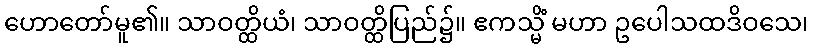
ဟောတော်မူ၏။ သာဝတ္ထိယံ၊ သာဝတ္ထိပြည်၌။ ဧကသ္မိံ မဟာ ဥပေါသထဒိဝသေ၊